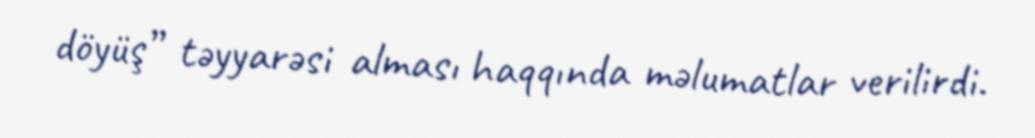
döyüş” təyyarəsi alması haqqında məlumatlar verilirdi.